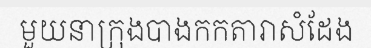
មួយនាក្រុងបាងកកតារាសំដែង